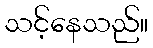
သင့်နေသည်။